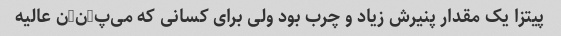
پیتزا یک مقدار پنیرش زیاد و چرب بود ولی برای کسانی که می‌پ-ن-ن عالیه